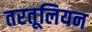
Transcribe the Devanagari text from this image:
तरतूलियन